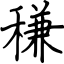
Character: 稴